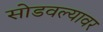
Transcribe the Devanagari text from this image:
सोडवल्यावर